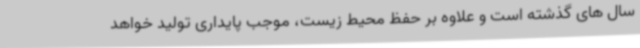
سال های گذشته است و علاوه بر حفظ محیط زیست، موجب پایداری تولید خواهد